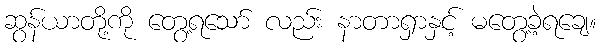
ဆွန်ယာတို့ကို တွေ့ရသော် လည်း နာတာရှာနှင့် မတွေ့ခဲ့ရချေ။